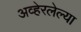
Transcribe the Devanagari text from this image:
अव्हेरलेल्या